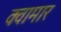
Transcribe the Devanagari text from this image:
क्वामार